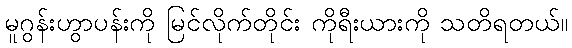
မူဂွန်းဟွာပန်းကို မြင်လိုက်တိုင်း ကိုရီးယားကို သတိရတယ်။